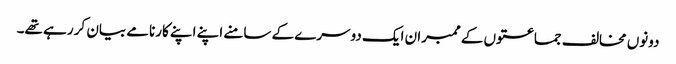
دونوں مخالف جماعتوں کے ممبران ایک دوسرے کے سامنے اپنے اپنے کارنامے بیان کر رہے تھے۔